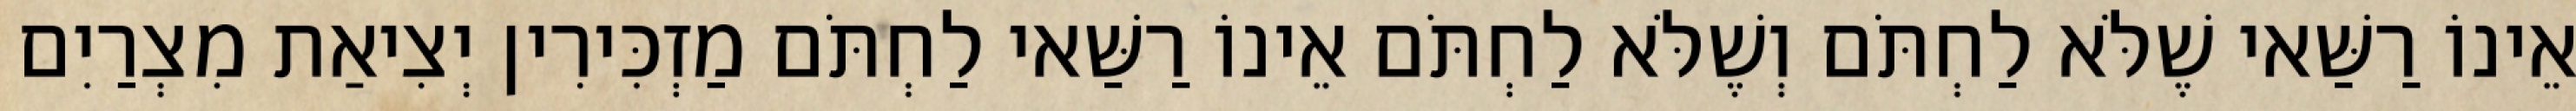
אֵינוֹ רַשַּׁאי שֶׁלֹּא לַחְתֹּם וְשֶׁלֹּא לַחְתֹּם אֵינוֹ רַשַּׁאי לַחְתֹּם מַזְכִּירִין יְצִיאַת מִצְרַיִם